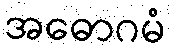
အဓောဂမံ